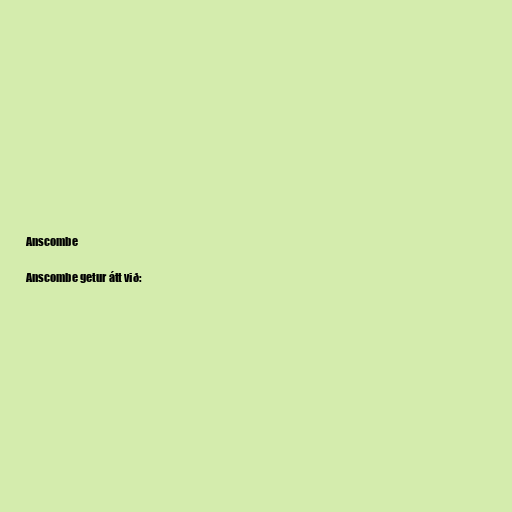
Anscombe

Anscombe getur átt við: